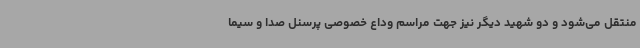
منتقل می‌شود و دو شهید دیگر نیز جهت مراسم وداع خصوصی پرسنل صدا و سیما